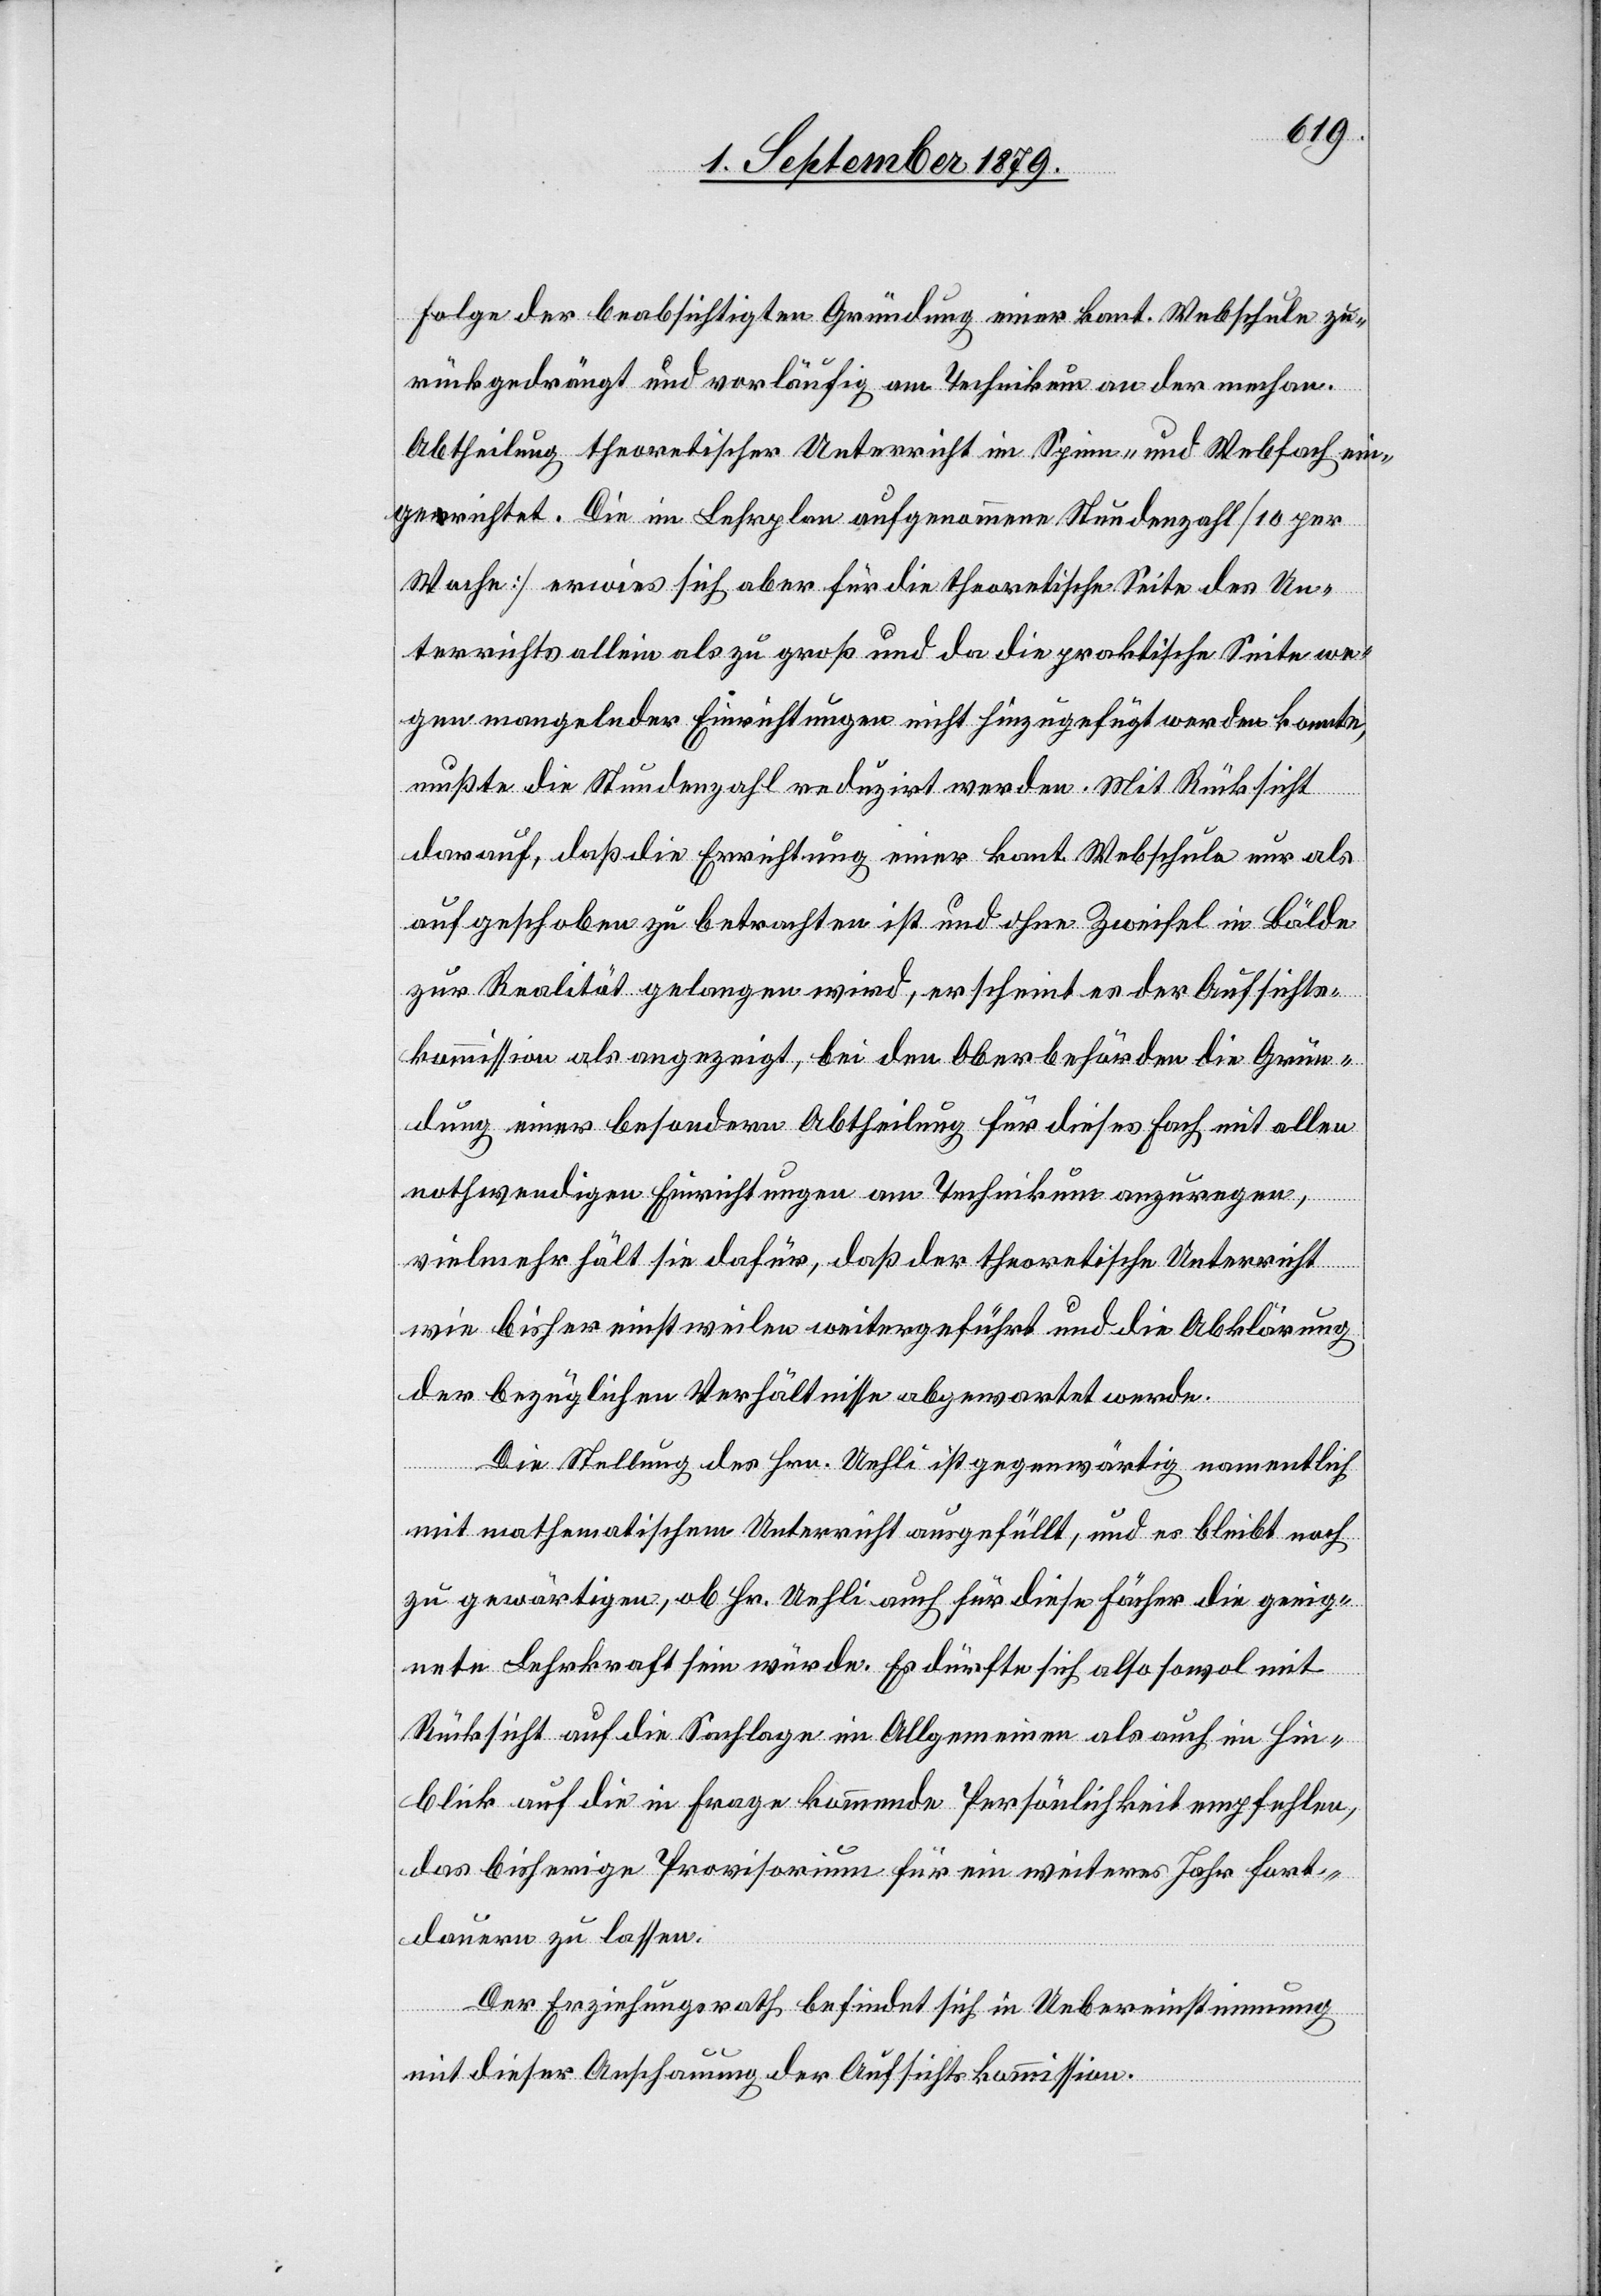
Folge der beabsichtigten Gründung einer kant. Webschule zu¬
rückgedrängt und vorläufig am Technikum an der mechan.
Abtheilung theoretischer Unterricht im Spinn- und Webfach ein¬
gerichtet. Die im Lehrplan aufgenommene Stundenzahl [10 per
Woche] erwies sich aber für die theoretische Seite des Un¬
terrichts allein als zu groß und da die praktische Seite we¬
gen mangelnder Einrichtungen nicht hinzugefügt werden konnte,
mußte die Stundenzahl reduzirt werden. Mit Rücksicht
darauf, daß die Errichtung einer kant. Webschule nur als
aufgeschoben zu betrachten ist und ohne Zweifel in Bälde
zur Realität gelangen wird, erscheint es der Aufsichts¬
kommission als angezeigt, bei den Oberbehörden die Grün¬
dung einer besondern Abtheilung für dieses Fach mit allen
nothwendigen Einrichtungen am Technikum anzuregen,
vielmehr hält sie dafür, daß der theoretische Unterricht
wie bisher einstweilen weitergeführt und die Abklärung
der bezüglichen Verhältnisse abgewartet werde.
Die Stellung des Hrn. Uehli ist gegenwärtig namentlich
mit mathematischem Unterricht ausgefüllt, und es bleibt noch
zu gewärtigen, ob Hr. Uehli auch für diese Fächer die geeig¬
nete Lehrkraft sein würde. Es dürfte sich also sowol mit
Rücksicht auf die Sachlage im Allgemeinen als auch ein Hin¬
blick auf die in Frage kommende Persönlichkeit empfehlen,
das bisherige Provisorium für ein weiteres Jahr fort¬
dauern zu lassen.
Der Erziehungsrath befindet sich in Uebereinstimmung
mit dieser Anschauung der Aufsichtskommission.